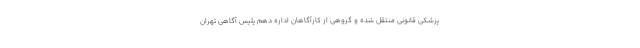
پزشکی قانونی منتقل شده و گروهی از کارآگاهان اداره دهم پلیس آگاهی تهران